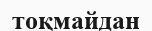
тоқмайдан